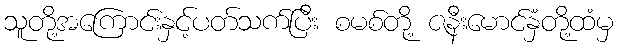
သူတို့အကြောင်းနှင့်ပတ်သက်ပြီး စမစ်တို့ ဇနီးမောင်နှံတို့ထံမှ